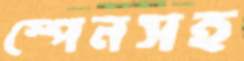
স্পেনসহ